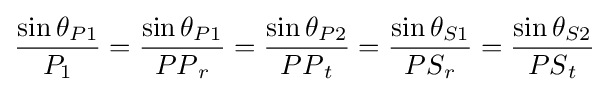
{\frac {\sin {\theta }_{P1}}{{P}_{1}}}={\frac {\sin {\theta }_{P1}}{{PP}_{r}}}={\frac {\sin {\theta }_{P2}}{{PP}_{t}}}={\frac {\sin {\theta }_{S1}}{{PS}_{r}}}={\frac {\sin {\theta }_{S2}}{{PS}_{t}}}